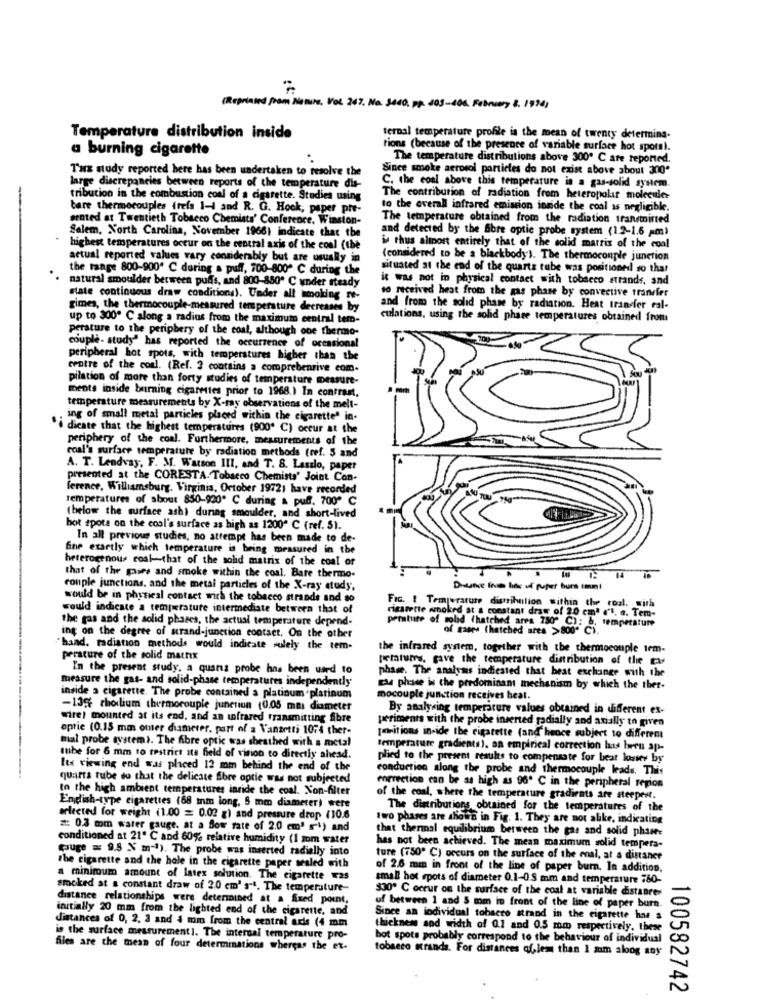
(Reprinted from Nature, Vol. 247. No. 3400, pp. #03-404. February 8. 1994)
Temperature distribution inside
ternal temperature profile is the mean of twenty determina-
a burning cigarette
tions (because of the presence of variable surface hot spots).
The temperature distributions above 300º C are reported.
Tuz nudy reported here has been undertaken to resolve the
Since smoke aerosol particles do not exist above about 300*
large discrepancies between reports of the temperature dis-
C. the coal above this temperature is a gas-solid system.
tribution in the combustion coal of a cigarette. Studies using
The contribution of radiation from heteropolar molecules
tare thermocouples freis 1-1 and R. G. Hook, paper pre-
to the overall infrared emission inside the coal as negligible.
sented at Twentieth Tobacco Chemists' Conference, Winston-
The temperature obtained from the radiation transmitted
Salem, North Carolina, November 1966) indicate that the
and detected by the abre optie probe system (12-1.6 pm)
highest temperatures occur on the central axis of the cool (the
thus almost entirely that of the solid matrix of the coal
actual reported values vary considerably but are usually in
(considered to be a blackbody). The thermocouple junction
the range 800-900' C during a puff, 700-800" C during the
situated at the end of the quarts tube was positioned so that
natural smoulder between puds, and 800-850" C under steady
it was not in physical contact with tobacco strands, and
state continuous draw conditions). Under all smoking re-
to received heat from the gas phase by convective transfer
gimes, the thermocouple-measured temperature decreases by
and from the solid phase by radiation. Heat transfer ral-
up to 300º C along a radius from the maximum central tem-
culations, using the sold phare temperatures obtained from
perature to the periphery of the coal, although one thermo-
couple - study' has reported the occurrence of occasional
peripheral hot spots, with temperatures higher than the
centre of the coal. (Ref. 3 contains a comprehensive com.
pilation of more than forty studies of temperature measure-
ments inside burning cigarettes prior to 1968.) In contrast.
temperature measurements by X-ray observations of the melt-
ing of small metal particles placed within the cigarettes in-
"i dicate that the highest temperatures (900' C) occur at the
periphery of the coal. Furthermore, measurements of the
coal's surface temperature by radiation methods (ref. 5 and
A. T. Lendvay, F. M. Watson III, and T. 8. Laszlo, paper
presented at the CORESTA- Tobacco Chemists' Joint Con-
ference, Williamsburg. Virginia, October 19721 have recorded
temperatures of about 850-920º C during & puff. 700º C
(below the surface ash) during smoulder, and short-lived
hot spots on the cool's surface as high as 1200" C (ref. 5).
In all previous studies, no attempt has been made to de-
fine exactly which temperature is bring measured in the
heterogenous coal -- that of the solid matrix of the coal of
that of the gases and smoke within the coal. Bare thermo-
couple junctions, and the metal particles of the X-ray study,
Dissece inc line of puper burn mal
would be in physical contact with the tobacco strands and so
would indicate a temperature intermediate between that of
cigarette smoked
Fic. ! Tem wrarute distribution within the cool. gira
the gas and the solid phases, the actual temperature depend-
Amnoked at a constant draw of 20 cm1 ('1. e. Tem-
proaliste of solid thatched area 780º C): b. temperature
of games (hatched area >800 ℃).
ing on the degree of strand-junction contact. On the other
"hand, radiation methods would indicate solely the tem-
the infrared system, together with the thermocouple tem-
perature of the solid matrix
peratures, gave the temperature distribution of the ga-
In the present study. a quartz probe has been used to
phase. The analysis indiested that beat exchange with the
measure the gas- and solid-phase temperatures independently
Ele phasse is the predominant mechanism by which the ther-
inside a cigarette. The probe contained a platinum platinum
mocouple junction receives heat.
-13% chodlium thermocouple junction (0.05 mm diameter
By analysing temperature values obtained in different ex-
wire! mounted at its end, and an infrared transmitting fibre
periments with the probe inserted radially and axially en given
optie (0.15 mm outer diameter, part of a Vanzetti 1074 ther-
mal probe system). The fibre optic was sheathed with a metal
poritions inside the cigarette (and hence subject to differem
temperature gradients). an empirical correction has been ap-
tube for 6 mm to restrict its field of vision to directly ahead.
plied to the present results to compensate for beat losses by
Its viewing end was placed 12 mm behind the end of the
conduction along the probe and thermocouple leads. This
quarta tube do that the delicate fibre optic was not subjected
correction can be as high as 96º C in the peripheral region
to the high ambient temperatures inride the coal. Non-filter
of the coal, where the temperature gradients are steeprir.
Endish-type cigarettes (68 mm long, 5 mm diameter) were
The distributions obtained for the temperatures of the
selected for weight (1.00 = 0.02 g) and pressure drop (10.6
#wro phases are shown in Fig. 1. They are not alike, indicating
#: 0.3 mm warer gauge. at a flow rate of 2.0 cm' si) and
that thermal equilibrium between the gas and solid phase:
conditioned at 21" C and 60% relative humidity (1 mm water
(uge = 9.5 Nm-1). The probe was inserted radially into
has not been achieved. The mean maximum solid tempera-
ture (750º C) occurs on the surface of the enal, at a distance
the cigarette and the hole in the cigarette paper sealed with
of 2.6 mm in front of the line of paper burn. In addition,
a minimum amount of latex solution. The cigarette was
small hot spots of diameter 0.1-0.5 mm and temperature 760-
smoked at a constant draw of 20 cm' s-4. The temperature-
$30º C occur on the surface of the coal at variable distanres
distance relationships were determined at a fixed point.
initially 20 mm from the lighted end of the cigarette, and
uf between 1 and 5 mm in front of the line of paper burn.
distances of 0, 2, 3 and 4 mm from the central aris (4 mm
Since an individual tobacco strand in the cigarette has a
thickness and width of 0.1 and 0.5 mm respectively. these
is the surface measurement1. The internal temperature pro-
hot spots probably correspond to the behaviour of individual
files are the mean of four determinations whereas the ex-
tobacco grands. For distances qf,less than 1 mm along any
100582742